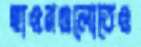
হাওরগুলোতেও